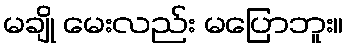
မချို မေးလည်း မပြောဘူး။